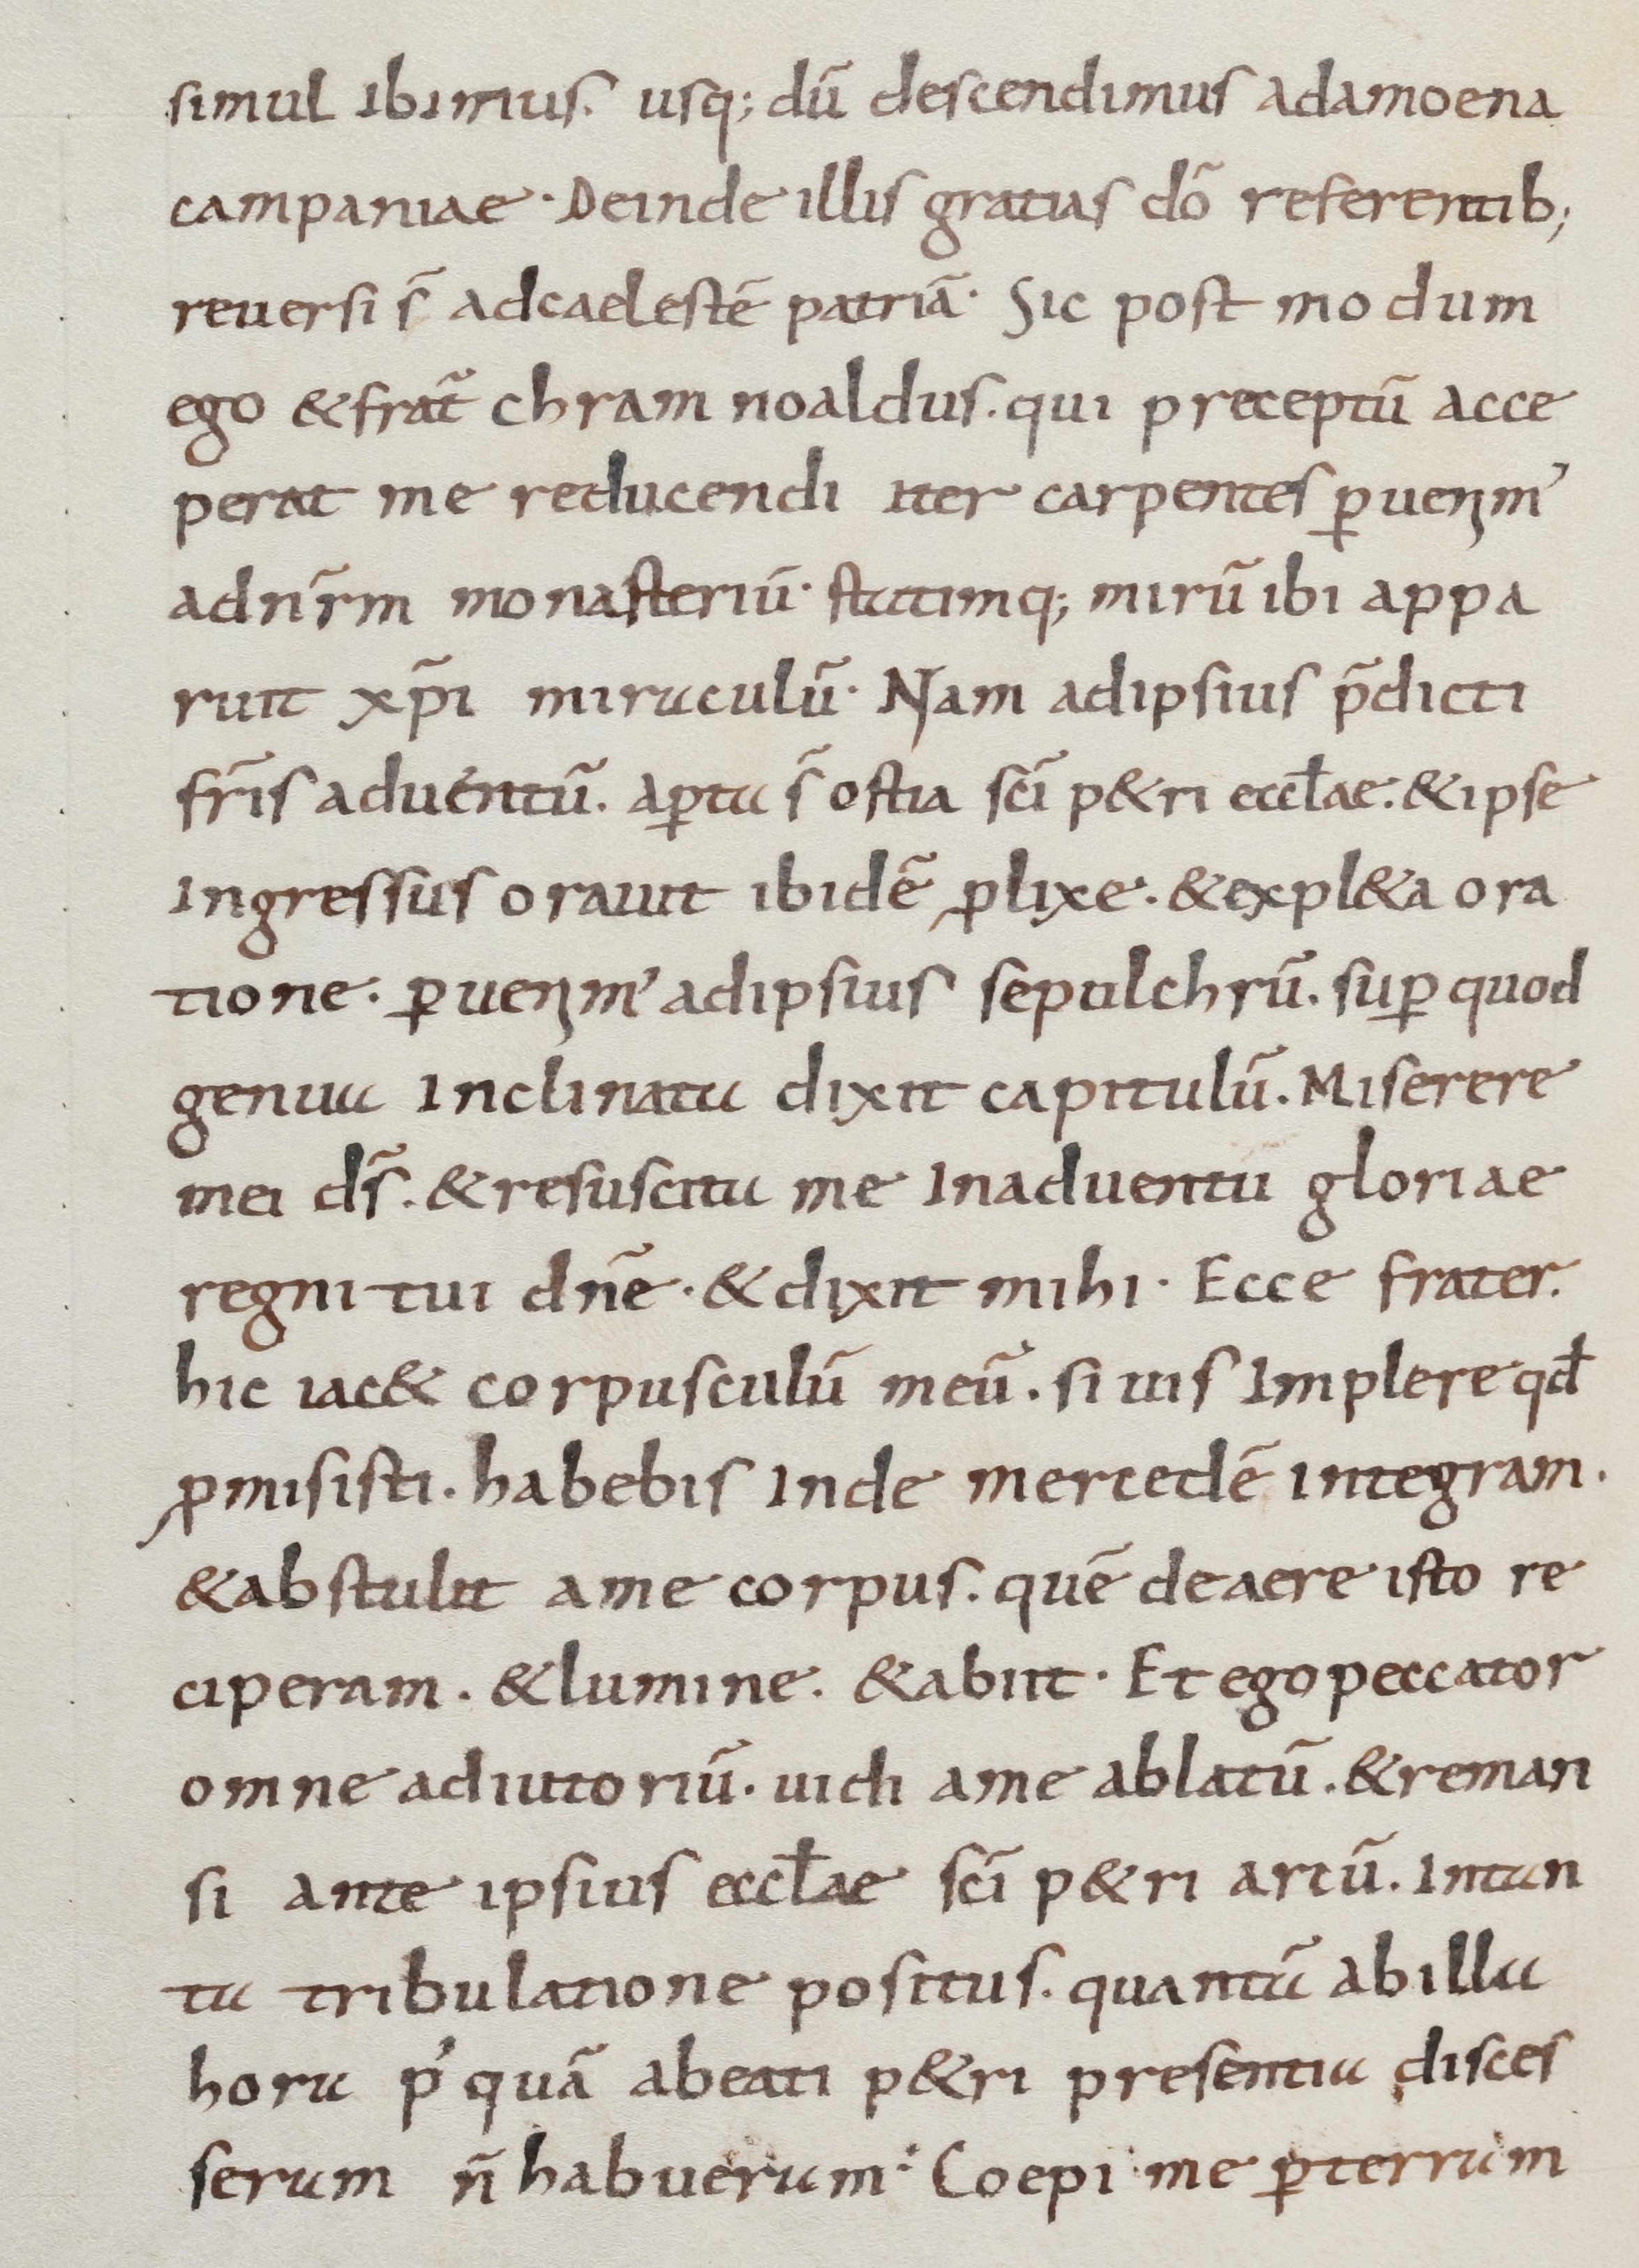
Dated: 800–999